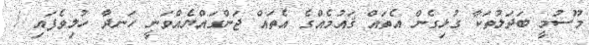
މޫސުމީ ބަދަލުތަކާ ގުޅިގެން އެތައް ޤައުމެއްގެ އެތައް ޖަންގައްޔެއްވަނީ ހަނދާ ހުލިވެފައި /